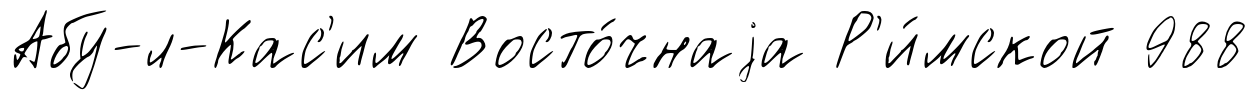
Абу-л-Кас'им Восто́чнаjа Р'и́мской 988